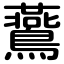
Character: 鷰